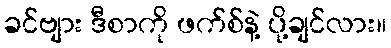
ခင်ဗျား ဒီစာကို ဖက်စ်နဲ့ ပို့ချင်လား။